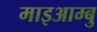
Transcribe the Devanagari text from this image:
माइआम्बु